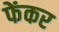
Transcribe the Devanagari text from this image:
फेंकर